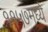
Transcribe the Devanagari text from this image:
११५७मध्ये